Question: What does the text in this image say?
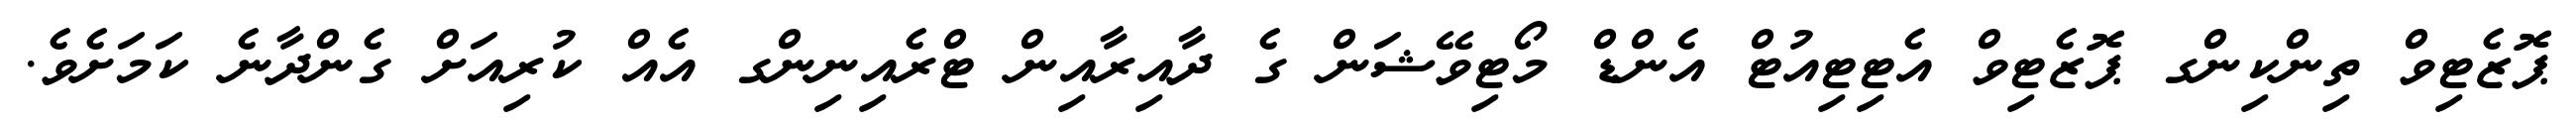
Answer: ޕޮޒެޓިވް ތިންކިންގ ޕޮޒެޓިވް އެޓިޓިއުޓް އެންޑް މޯޓިވޭޝަން ގެ ދާއިރާއިން ޓްރެއިނިންގ އެއް ކުރިއަށް ގެންދާނެ ކަމަށެވެ.